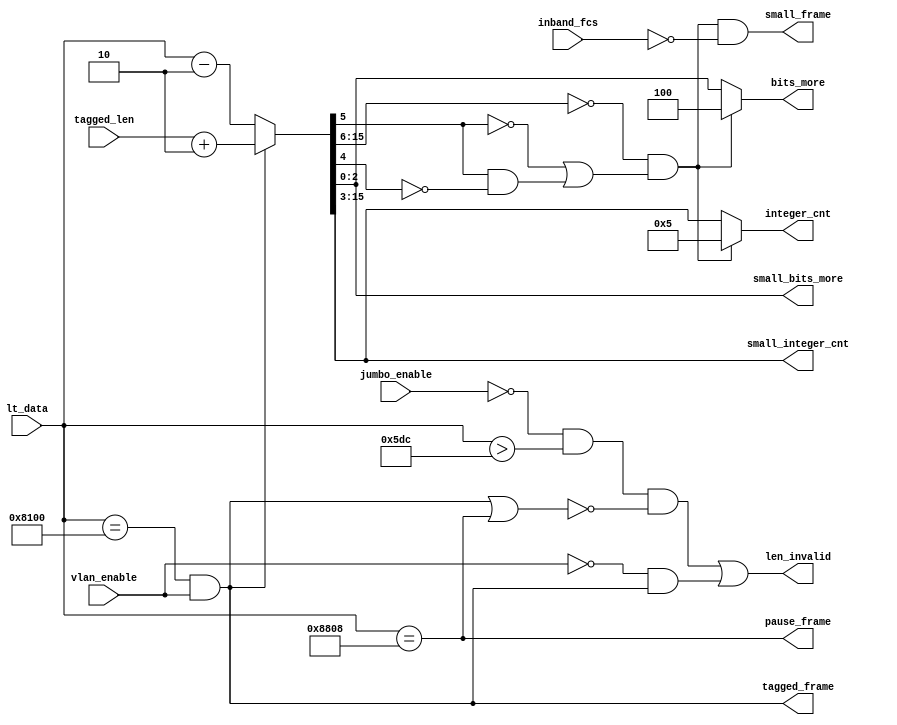
`timescale 1ns / 1ps
////////////////////////////////////////////////////////////////////////////////
// Company: 
// Engineer:
//
// Design Name:    
// Module Name:    rxLenTypChecker
// Project Name:   
// Target Device:  
// Tool versions:  
// Description:
//
// Dependencies:
// 
// Revision:
// Revision 0.01 - File Created
// Additional Comments:	Length/Type:
// 1. <64:  Length, we should remove PAD
// 2. >=64, <= 1518:	Length, valid frame, we don't need remove PAD(0x2E, 0x5DC)
// 3. >=1518: <9k+18: Length, jumbo frame, if supported (0x5DC, 0x2400)
//	4. >9k+18, = 0x8100: Type, Tagged frame
// 5. >9k+18, = 0x8808: Type, pause frame

// |<------------------------------ Data Field ---------------------------->|
// |<------------- True Data Field --------------> <-----Padded bits------->|
// |____________________________|_________________|
// |	    					        |			        |
// |	 small_integer_cnt * 64   | small_bits_more |  
// |____________________________|_________________|____
// |___________________________________________________|_____________________
// |		                  			                   |			  	          |
// |	             integer_cnt * 64                    |       bits_more    |
// |___________________________________________________|____________________|


////////////////////////////////////////////////////////////////////////////////

module rxLenTypChecker(lt_data, tagged_len, jumbo_enable, tagged_frame, pause_frame, small_frame,
                       len_invalid, integer_cnt, small_integer_cnt, bits_more, inband_fcs,
							  small_bits_more, vlan_enable );
    	 
	 input[15:0]  lt_data;	    //Length or Type field of a frame
	 input[15:0]  tagged_len;   //Actual length carried with tagged frame  
    input        jumbo_enable; //Enable jumbo frame recieving
	 input        inband_fcs;	 //In-band FCS
	 input        vlan_enable;  //VLAN mode enable bit

	 output       pause_frame;	 //Indicate that current frame is a pause frame (a kind of control frame)	
	 output       small_frame; 
	 output       len_invalid;	 //Indicate that current frame is not an valid frame

	 output[12:0] integer_cnt;	 //number of 64bits DATA field contains
	 output[12:0] small_integer_cnt;	//number of 64bits real DATA field contains(without pad part)
	 
	 output       tagged_frame;	 //number of 64bits DATA field of tagged frame contains
	 
	 output[2:0]  bits_more;	 //number that is less than 64bits(whole data field)
	 output[2:0]  small_bits_more; //number that is less than 64bits(unpadded data field) 

    wire[15:0]   current_len;
	 wire[15:0]   current_cnt;
	 wire         small_frame;
	 wire         tagged_frame;

	 parameter TP =1 ;

	 assign current_len = tagged_frame?(tagged_len+2):(lt_data-2);	 //Data field length

	 assign current_cnt = current_len >> 3; //the number of 64bits data field has

	 assign padded_frame = (current_len[15:6]==0) & (~current_len[5] | (current_len[5] & ~current_len[4]));

	 assign small_frame = padded_frame & ~inband_fcs;  //padded frame

	 assign bits_more = padded_frame? 4 :current_len[2:0];	// bits that is not 64bits enough

	 assign small_bits_more = current_len[2:0];// for situation smaller than 64

	 assign integer_cnt = padded_frame? 5 :current_cnt[12:0];

	 assign small_integer_cnt = current_cnt[12:0];
	
	 assign tagged_frame = (lt_data==16'h8100) & vlan_enable; 

	 assign pause_frame = (lt_data==16'h8808);

	 assign len_invalid = ((~jumbo_enable & (lt_data > 1500)) & ~(tagged_frame|pause_frame)) | (~vlan_enable & tagged_frame);
	 //not a large frame(except LT is type interpretion) when jumbo is not enabled, not a tagged frame when vlan is not enbaled
endmodule